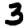
Digit: 3